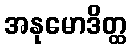
အနုမောဒိတ္ထ